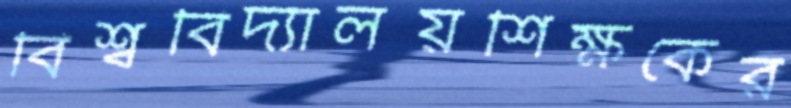
বিশ্ববিদ্যালয়শিক্ষকের